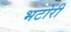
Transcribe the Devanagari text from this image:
भटोरी